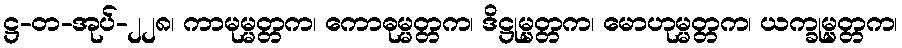
ဋ္ဌ-တ-အုပ်-၂၂၈၊ ကာမုမ္မတ္တက၊ ကောဓုမ္မတ္တက၊ ဒိဋ္ဌုမ္မတ္တက၊ မောဟုမ္မတ္တက၊ ယက္ခုမ္မတ္တက၊